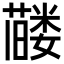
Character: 𬞰